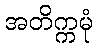
အတိက္ကမုံ